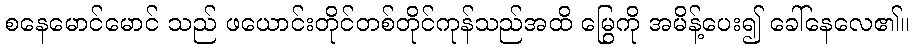
စနေမောင်မောင် သည် ဖယောင်းတိုင်တစ်တိုင်ကုန်သည်အထိ မြွေကို အမိန့်ပေး၍ ခေါ်နေလေ၏။